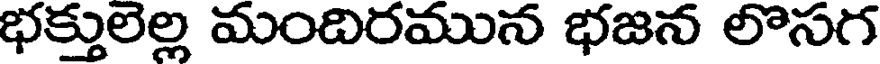
భక్తులెల్ల మందిరమున భజన లొసగ